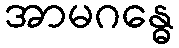
အာမဂန္ဓေ